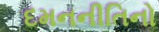
દમનનીતિનો